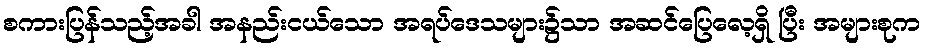
စကားပြန်သည့်အခါ အနည်းငယ်သော အရပ်ဒေသများ၌သာ အဆင်ပြေလေ့ရှိ ပြီး အများစုက